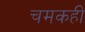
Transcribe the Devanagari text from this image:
चमकही